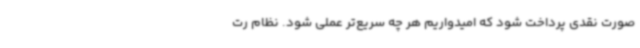
صورت نقدی پرداخت شود که امیدواریم هر چه سریع‌تر عملی شود. نظام رت